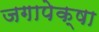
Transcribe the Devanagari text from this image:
जगापेक्षा